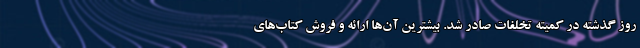
روز گذشته در کمیته تخلفات صادر شد. بیشترین آن‌ها ارائه و فروش کتاب‌های